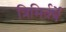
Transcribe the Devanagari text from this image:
त्रिभिर्वर्षे